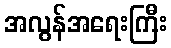
အလွန်အရေးကြီး